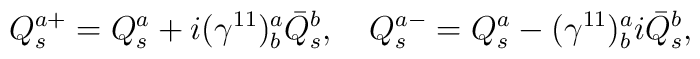
Q^{a+}_s=Q^a_s+i(\gamma^{11})^a_b\bar{Q}^b_s,\quad  Q^{a-}_s=Q^a_s-(\gamma^{11})^a_bi\bar{Q}^b_s,